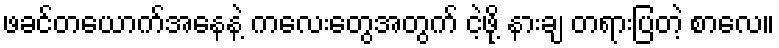
ဖခင်တယောက်အနေနဲ့ ကလေးတွေအတွက် ငဲ့ဖို့ နားချ တရားပြတဲ့ စာလေ။